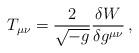
LaTeX: \begin{align*}T_{\mu \nu }=\frac{2}{\sqrt{-g}}\frac{\delta W}{\delta g^{\mu \nu }}\, ,\end{align*}